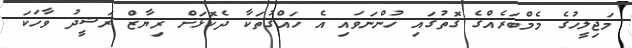
މަޖިލީހުގެ މެމްބަރެއްގެ ގޮތުގައި ހުންނަވައި އެ ހައްގުތަކާ ދެކޮޅަށް ރިޔާޒް ރަޝީދު ވާހަކަ